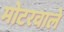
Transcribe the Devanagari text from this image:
मोटरवाले